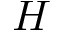
H